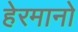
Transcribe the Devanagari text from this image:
हेरमानो